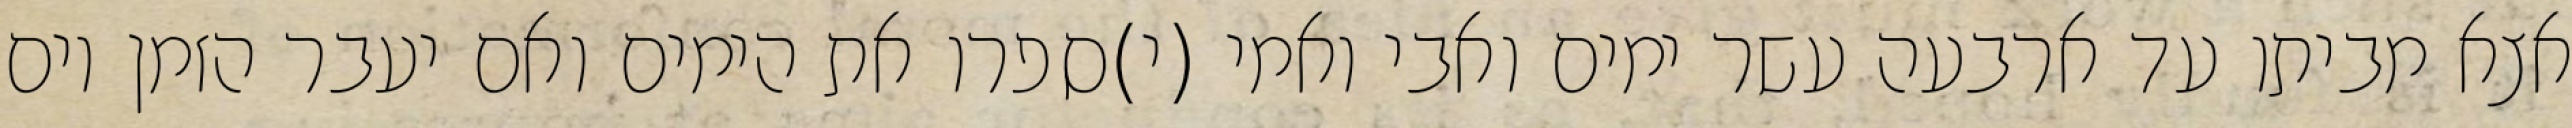
אצא מביתו עד ארבעה עשר ימים ואבי ואמי (י)ספרו את הימים ואם יעבר הזמן יום